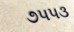
૭૫૫૩